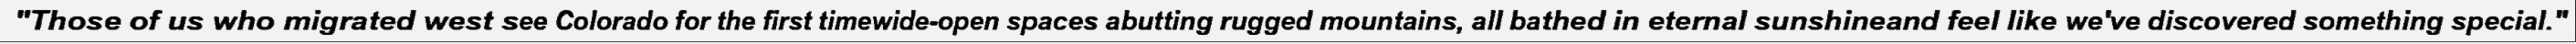
"Those of us who migrated west see Colorado for the first timewide-open spaces abutting rugged mountains, all bathed in eternal sunshineand feel like we've discovered something special."